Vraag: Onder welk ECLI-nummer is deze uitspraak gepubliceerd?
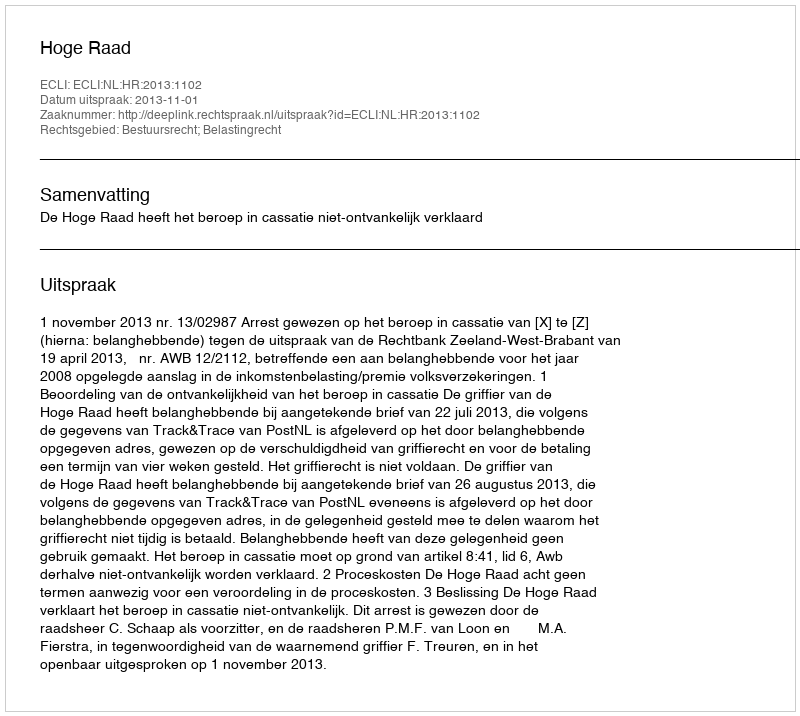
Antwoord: ECLI:NL:HR:2013:1102